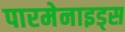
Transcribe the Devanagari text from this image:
पारमेनाइड्स